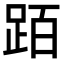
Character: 𬦰